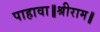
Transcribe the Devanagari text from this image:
पाहावा॥श्रीराम॥